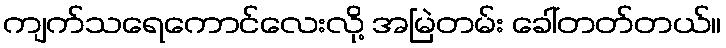
ကျက်သရေကောင်လေးလို့ အမြဲတမ်း ခေါ်တတ်တယ်။